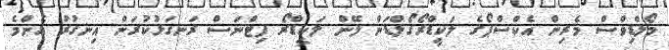
މޯލްޑިވްސް މެރިން އެކްސްޕޯގެ ލަކީޑްރޯގޯލްޑަން ލޭން ލަކީޑްރޯ ފިޓްނަސް ރަނގަޅުކުރަން އިނގުރު އެންމެ